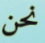
نحن